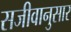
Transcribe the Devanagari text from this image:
सजीवानुसार